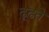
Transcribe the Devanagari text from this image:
ढूढ़ते